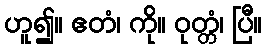
ဟူ၍။ ဧတံ၊ ကို။ ဝုတ္တံ၊ ပြီ။